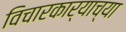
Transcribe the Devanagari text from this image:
विचारकार्याच्या